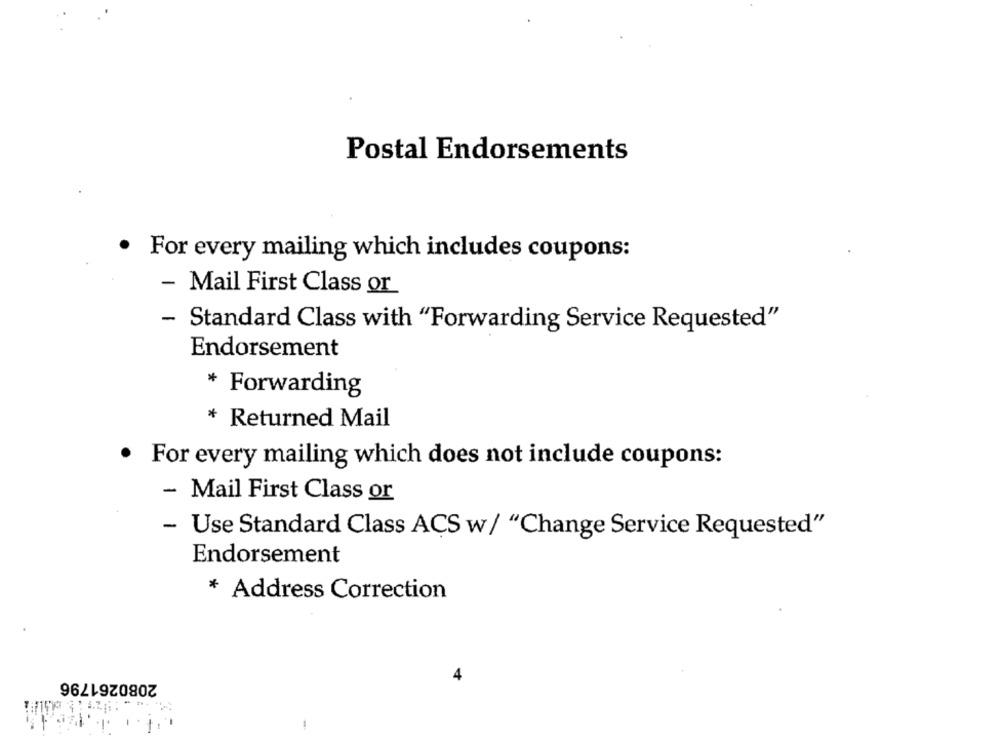
Postal Endorsements
For every mailing which includes coupons:
Mail First Class or
- Standard Class with "Forwarding Service Requested"
Endorsement
* Forwarding
* Returned Mail
For every mailing which does not include coupons:
- Mail First Class or
- Use Standard Class ACS w/ "Change Service Requested"
Endorsement
* Address Correction
2080261796
-